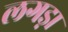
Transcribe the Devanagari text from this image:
लगड़ा